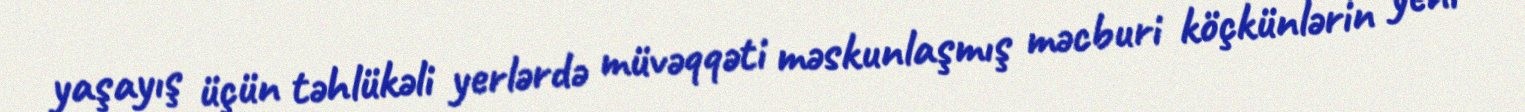
yaşayış üçün təhlükəli yerlərdə müvəqqəti məskunlaşmış məcburi köçkünlərin yeni